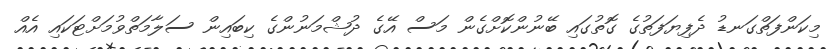
މިކަންފަތްގަނޑު ދެފިޔަފަތުގެ ގޮތުގައި ބޭނުންކޮށްގެން މަސް އޭގެ ދުޝްމަނުންގެ ކިބައިން ސަލާމަތްވުމަށްޓަކައި އެއް